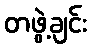
တဖွဲ့ချင်း